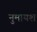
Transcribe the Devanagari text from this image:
नुमायश